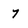
Character: 7